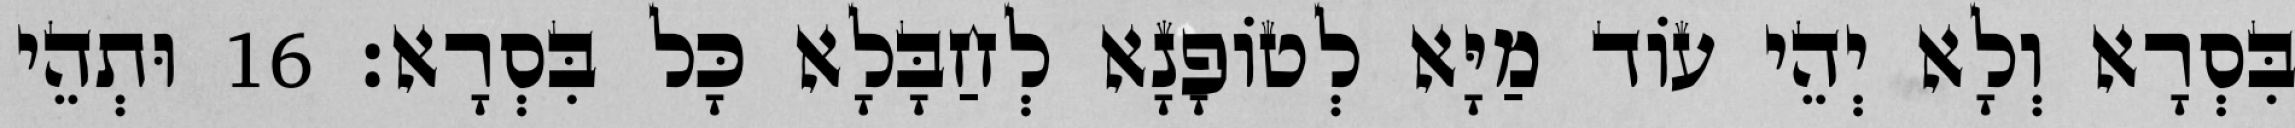
בִּסְרָא וְלָא יְהֵי עוֹד מַיָּא לְטוֹפָנָא לְחַבָּלָא כָּל בִּסְרָא׃ 16 וּתְהֵי